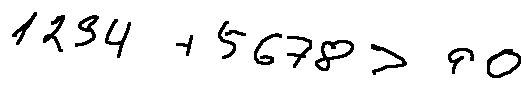
1 2 3 4 + 5 6 7 8 > 9 0